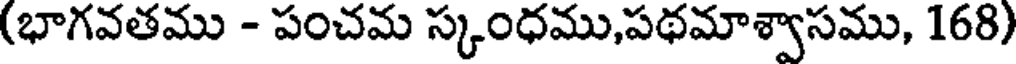
(భాగవతము - పంచమ స్కంధము,పథమాశ్వాసము, 168)